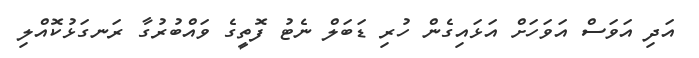
އަދި އަވަސް އަވަހަށް އަޅައިގެން ހުރި ޑަބަލް ނެޓު ފޮތީގެ ވައްބުރުގާ ރަނގަޅުކޮއްލި